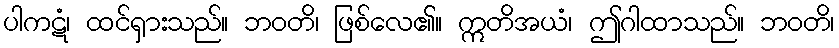
ပါကဋံ၊ ထင်ရှားသည်။ ဘဝတိ၊ ဖြစ်လေ၏။ ဣတိအယံ၊ ဤဂါထာသည်။ ဘဝတိ၊